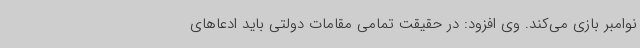
نوامبر بازی می‌کند. وی افزود: در حقیقت تمامی مقامات دولتی باید ادعاهای